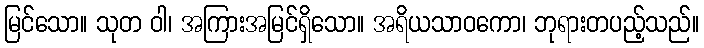
မြင်သော။ သုတ ဝါ၊ အကြားအမြင်ရှိသော။ အရိယသာဝကော၊ ဘုရားတပည့်သည်။